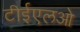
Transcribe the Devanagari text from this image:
टीईएलओ